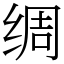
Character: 绸